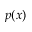
p ( x )